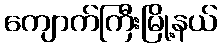
ကျောက်ကြီးမြို့နယ်